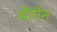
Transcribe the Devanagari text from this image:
बौरॉन